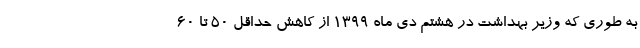
به طوری که وزیر بهداشت در هشتم دی ماه ۱۳۹۹ از کاهش حداقل ۵۰ تا ۶۰